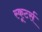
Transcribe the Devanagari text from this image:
स्कूटर्स